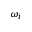
\omega _ { i }